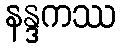
နန္ဒကဿ